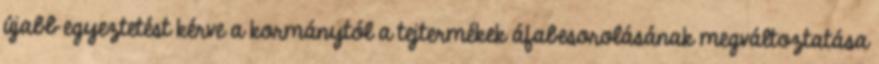
újabb egyeztetést kérve a kormánytól a tejtermékek áfabesorolásának megváltoztatása